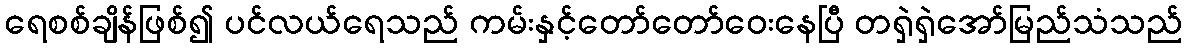
ရေစစ်ချိန်ဖြစ်၍ ပင်လယ်ရေသည် ကမ်းနှင့်တော်တော်ဝေးနေပြီ တရှဲရှဲအော်မြည်သံသည်